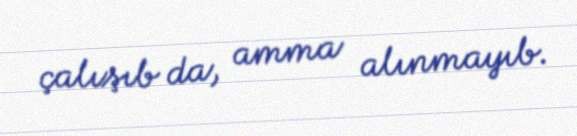
çalışıb da, amma alınmayıb.